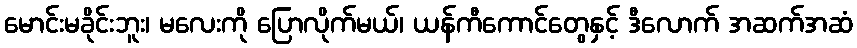
မောင်းမခိုင်းဘူး၊ မလေးကို ပြောလိုက်မယ်၊ ယန်ကီကောင်တွေနှင့် ဒီလောက် အဆက်အဆံ